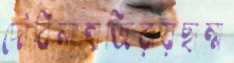
দৌবিলাহাজিরায়ছাম্ম